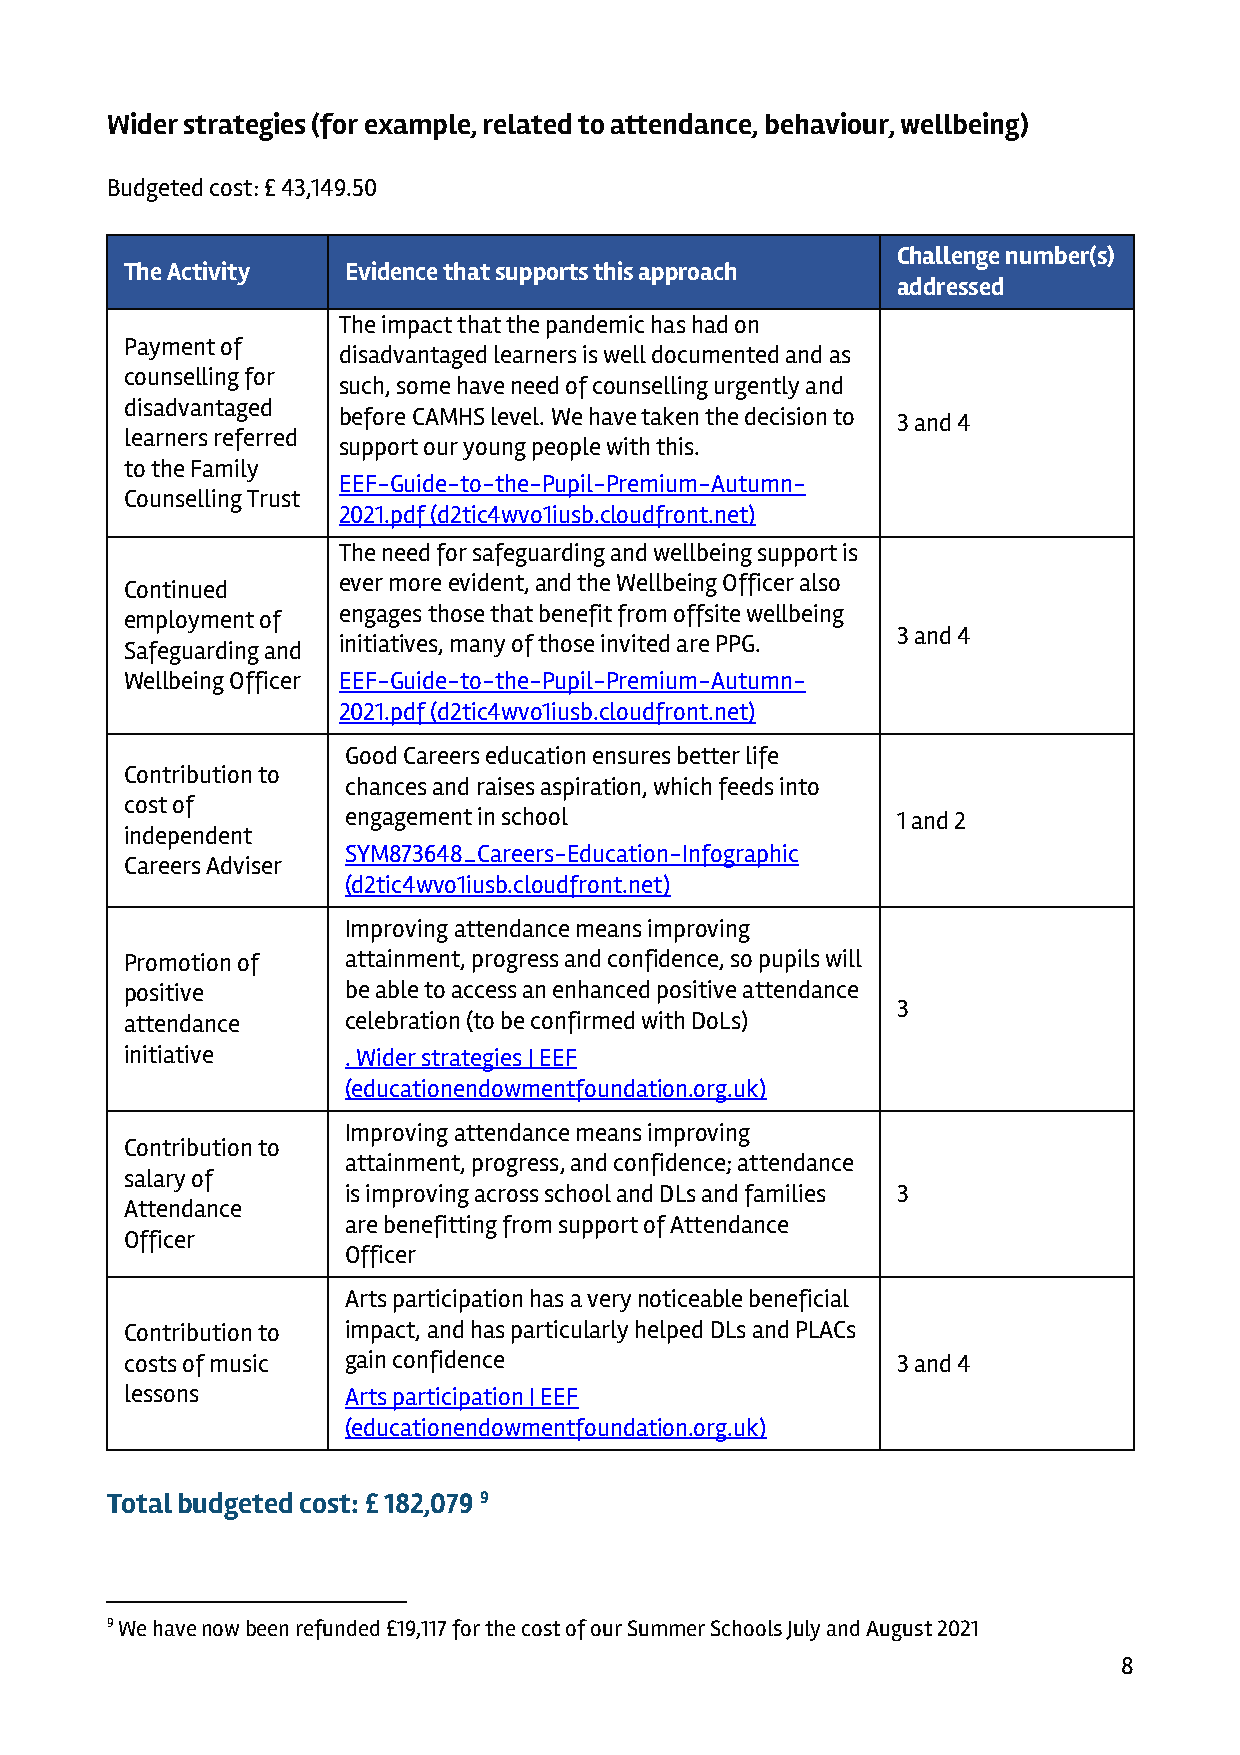
Wider strategies (for example, related to attendance, behaviour, wellbeing)
 Budgeted cost: £ 43,149.50
 Challenge number(s)
 The Activity   Evidence that supports this approach
 addressed
 The impact that the pandemic has had on
 Payment of
 disadvantaged learners is well documented and as
 counselling for
 such, some have need of counselling urgently and
 disadvantaged
 before CAMHS level. We have taken the decision to
 3 and 4
 learners referred
 support our young people with this.
 to the Family
 EEF-Guide-to-the-Pupil-Premium-Autumn-
 Counselling Trust
 2021.pdf (d2tic4wvo1iusb.cloudfront.net)
 The need for safeguarding and wellbeing support is
 ever more evident, and the Wellbeing Officer also
 Continued
 engages those that benefit from offsite wellbeing
 employment of
 3 and 4
 initiatives, many of those invited are PPG.
 Safeguarding and
 Wellbeing Officer EEF-Guide-to-the-Pupil-Premium-Autumn-
 2021.pdf (d2tic4wvo1iusb.cloudfront.net)
 Good Careers education ensures better life
 Contribution to
 chances and raises aspiration, which feeds into
 cost of
 engagement in school                1 and 2
 independent
 SYM873648_Careers-Education-Infographic
 Careers Adviser
 (d2tic4wvo1iusb.cloudfront.net)
 Improving attendance means improving
 Promotion of   attainment, progress and confidence, so pupils will
 positive       be able to access an enhanced positive attendance
 3
 attendance     celebration (to be confirmed with DoLs)
 initiative     . Wider strategies | EEF
 (educationendowmentfoundation.org.uk)
 Improving attendance means improving
 Contribution to
 attainment, progress, and confidence; attendance
 salary of
 is improving across school and DLs and families 3
 Attendance
 are benefitting from support of Attendance
 Officer
 Officer
 Arts participation has a very noticeable beneficial
 Contribution to impact, and has particularly helped DLs and PLACs
 costs of music gain confidence                     3 and 4
 lessons        Arts participation | EEF
 (educationendowmentfoundation.org.uk)
 Total budgeted cost: £ 182,079 9
 9 We have now been refunded £19,117 for the cost of our Summer Schools July and August 2021
 8